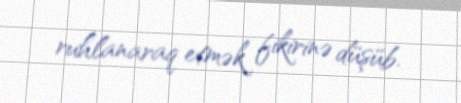
ruhlanaraq etmək fikirinə düşüb.